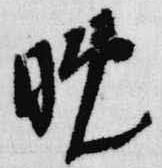
晩